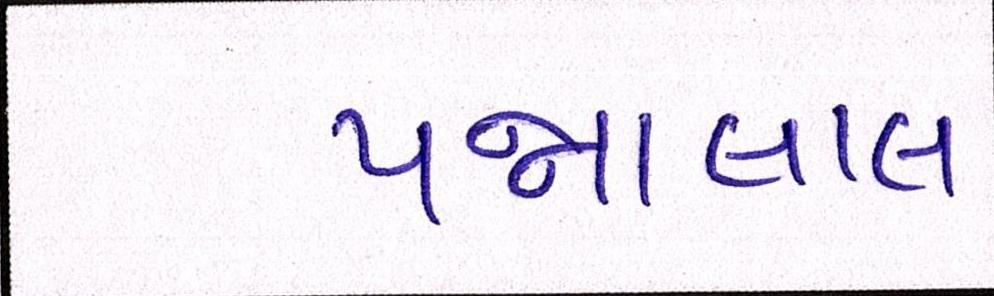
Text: પન્નાલાલ